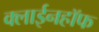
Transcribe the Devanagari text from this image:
क्लाईनहॉफ